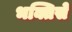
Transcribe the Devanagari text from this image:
भक्तिसे